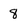
Character: 8